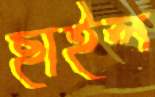
ছাইল